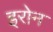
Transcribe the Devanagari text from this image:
इरोन